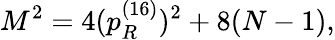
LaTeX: M^{2}=4(p_{R}^{(16)})^{2}+8(N-1),